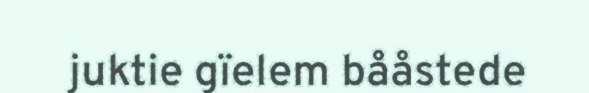
juktie gïelem bååstede